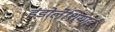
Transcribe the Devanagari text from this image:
इंडोलेशियाई